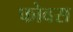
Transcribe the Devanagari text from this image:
फोवस